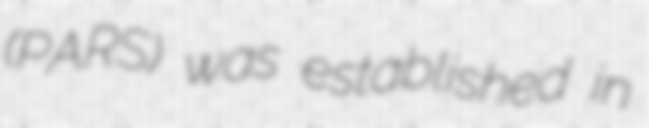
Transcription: (PARS) was established in